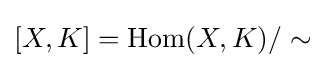
[X,K]=\operatorname {Hom} (X,K)/\sim